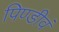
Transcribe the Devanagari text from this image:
पिण्डीवं